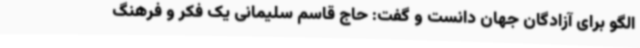
الگو برای آزادگان جهان دانست و گفت: حاج قاسم سلیمانی یک فکر و فرهنگ